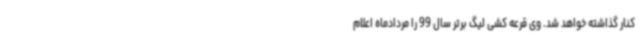
کنار گذاشته خواهد شد. وی قرعه کشی لیگ برتر سال 99 را مردادماه اعلام